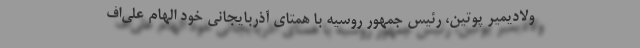
ولادیمیر پوتین، رئیس جمهور روسیه با همتای آذربایجانی خود الهام علی‌اف